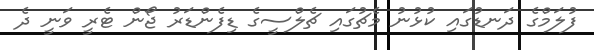
ފުލަމްގެ ދަނޑުގައި ކުޅުނު މެޗުގައި ޗެލްސީގެ ޑިފެންޑަރު ޖޯން ޓެރީ ވަނީ ދެ